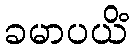
ခမာပယိံ